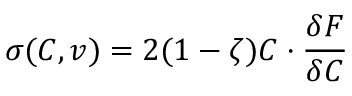
\boldsymbol { \sigma } ( \boldsymbol { C } , v ) = 2 ( 1 - \zeta ) \boldsymbol { C } \cdot \frac { \delta F } { \delta \boldsymbol { C } }